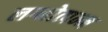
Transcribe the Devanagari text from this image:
लग्नोत्पन्न